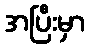
အပြီးမှာ